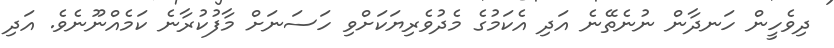
ދިވެހީން ހަނދާން ނުނެތޭނެ އަދި އެކަމުގެ މެދުވެރިޔަކަށްވި ހަސަނަށް މާފުކުރާނެ ކަމެއްނޫނެވެ. އަދި